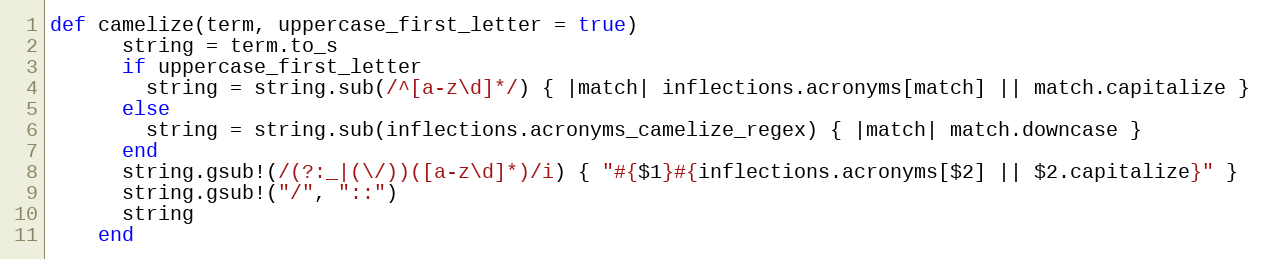
Language: Ruby
def camelize(term, uppercase_first_letter = true)
      string = term.to_s
      if uppercase_first_letter
        string = string.sub(/^[a-z\d]*/) { |match| inflections.acronyms[match] || match.capitalize }
      else
        string = string.sub(inflections.acronyms_camelize_regex) { |match| match.downcase }
      end
      string.gsub!(/(?:_|(\/))([a-z\d]*)/i) { "#{$1}#{inflections.acronyms[$2] || $2.capitalize}" }
      string.gsub!("/", "::")
      string
    end